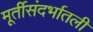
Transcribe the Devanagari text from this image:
मूर्तीसंदर्भातली